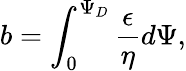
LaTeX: b=\int_{0}^{\Psi_{D}}\frac{\epsilon}{\eta}d\Psi,